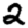
Digit: 2